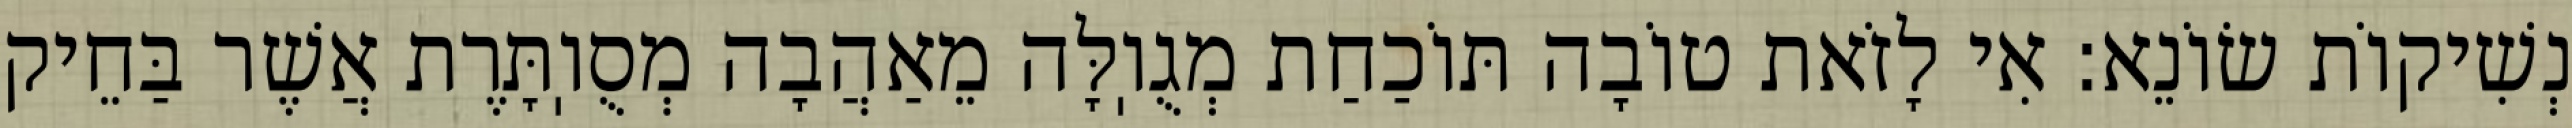
נְשִׁיקוֹת שׂוֹנֵא: אִי לָזֹאת טוֹבָה תּוֹכַחַת מְגֻוֽלָּה מֵאַהֲבָה מְסֻוֽתָּרֶת אֲשֶׁר בַּחֵיק